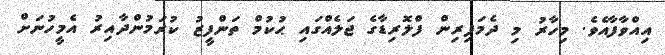
އިއްވާފާއެވެ. މިހާރު މި ދެމަފިރިން ފްލޮރިޑާގެ ޖަލެއްގައި ޙުކުމް ތަންފީޒު ކުރަމުންދާއިރު އެމީހުނަށް